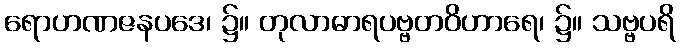
ရောဟဏဇနပဒေ၊ ၌။ တုလာဓာရပဗ္ဗတဝိဟာရေ၊ ၌။ သဗ္ဗပရိ